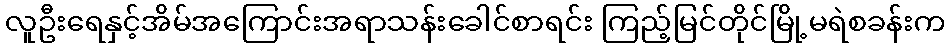
လူဦးရေနှင့်အိမ်အကြောင်းအရာသန်းခေါင်စာရင်း ကြည့်မြင်တိုင်မြို့မရဲစခန်းက